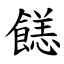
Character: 䭐